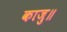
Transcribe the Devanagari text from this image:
काजु॥